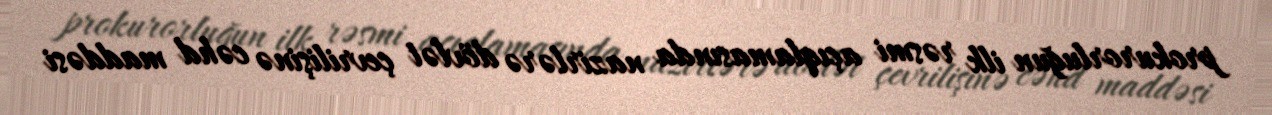
prokurorluğun ilk rəsmi açıqlamasında nazirlərə dövlət çevrilişinə cəhd maddəsi